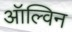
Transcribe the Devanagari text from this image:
ऑल्विन